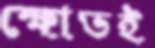
ক্ষোভই